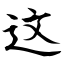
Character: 这